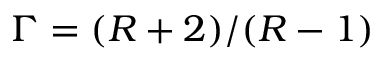
\mathnormal { \Gamma } = ( R + 2 ) / ( R - 1 )